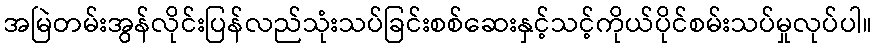
အမြဲတမ်းအွန်လိုင်းပြန်လည်သုံးသပ်ခြင်းစစ်ဆေးနှင့်သင့်ကိုယ်ပိုင်စမ်းသပ်မှုလုပ်ပါ။